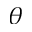
\theta